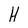
Character: H